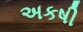
અકષી